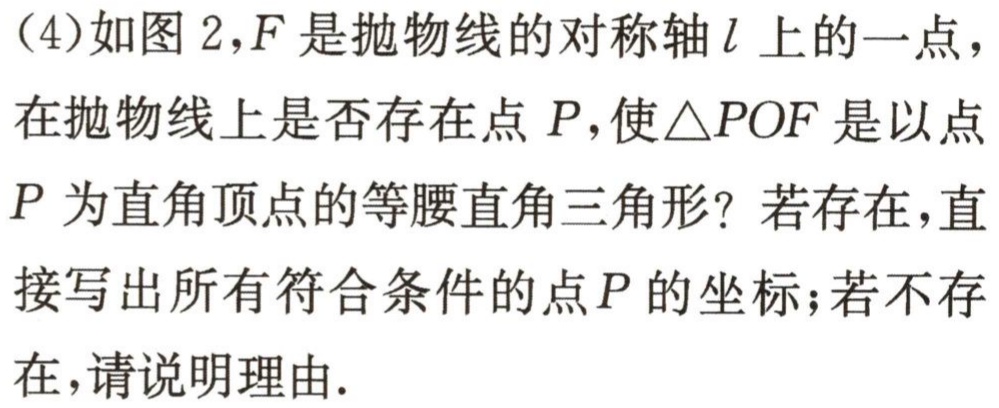
(4)如图2，\(F\)是抛物线的对称轴\(l\)上的一点，在抛物线上是否存在点\(P\)，使\(\triangle POF\)是以点\(P\)为直角顶点的等腰直角三角形？若存在，直接写出所有符合条件的点\(P\)的坐标；若不存在，请说明理由.